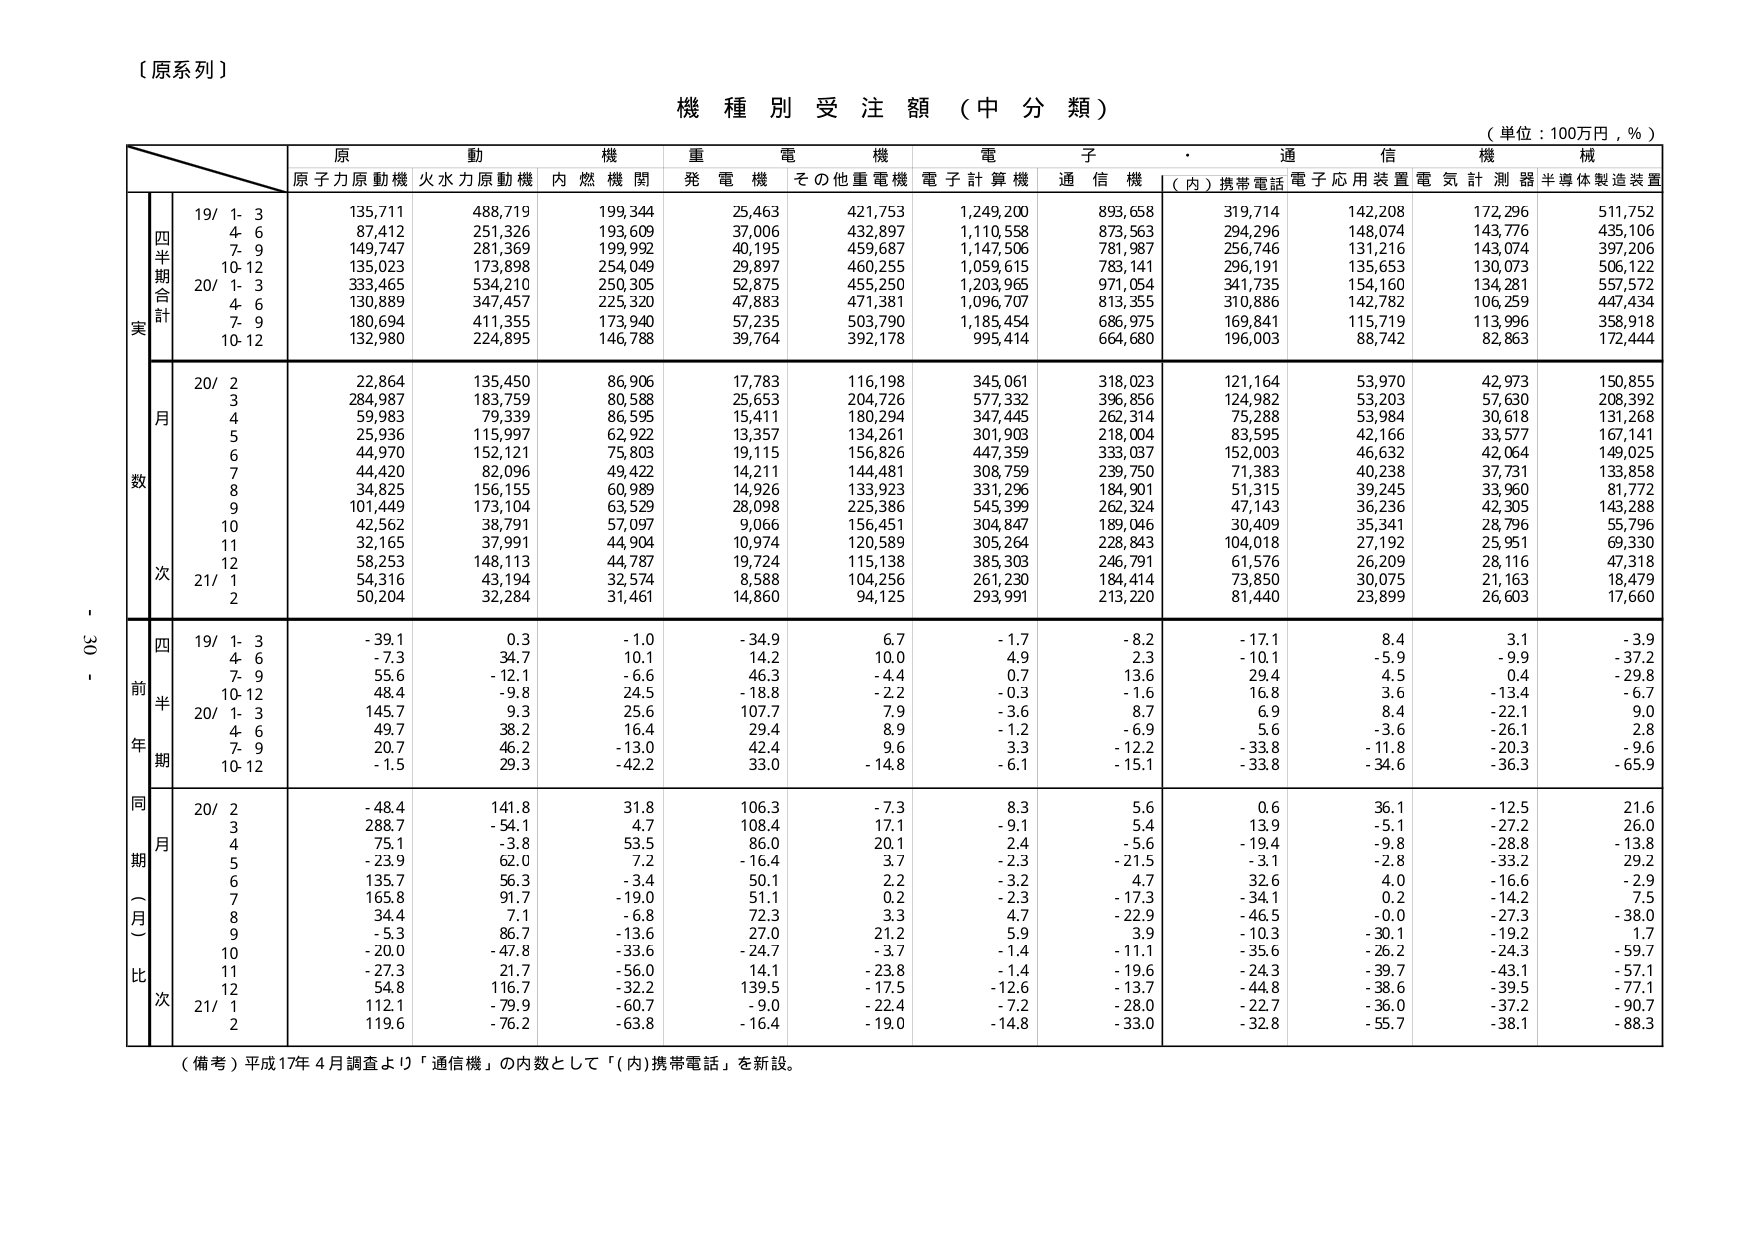
〔原系列〕

機種別受注額（中分類）

（単位：100万円，％）

原動機　重電機　電子・通信機械
原子力原動機　火水力原動機　内燃機関　発電機　その他重電機　電子計算機　通信機　（内）携帯電話　電子応用装置　電気計測器　半導体製造装置

四半期合計
実
19/ 1-3　135,711　488,719　199,344　25,463　421,753　1,249,200　893,658　319,714　142,208　172,296　511,752
　　4-6　87,412　251,326　193,609　37,006　432,897　1,110,558　873,563　294,296　148,074　143,776　435,106
　　7-9　149,747　281,369　199,992　40,195　459,687　1,147,506　781,987　256,746　131,216　143,074　397,206
　　10-12　135,023　173,898　254,049　29,897　460,255　1,059,615　783,141　296,191　135,653　130,073　506,122
20/ 1-3　333,465　534,210　250,305　52,875　455,250　1,203,965　971,054　341,735　154,160　134,281　557,572
　　4-6　130,889　347,457　225,320　47,883　471,381　1,096,707　813,355　310,886　142,782　106,259　447,434
　　7-9　180,694　411,355　173,940　57,235　503,790　1,185,454　686,975　169,841　115,719　113,996　358,918
　　10-12　132,980　224,895　146,788　39,764　392,178　995,414　664,680　196,003　88,742　82,863　172,444

月数
20/ 2　22,864　135,450　86,906　17,783　116,198　345,061　318,023　121,164　53,970　42,973　150,855
　　3　284,987　183,759　80,588　25,653　204,726　577,332　396,856　124,982　53,203　57,630　208,392
　　4　59,983　79,339　86,595　15,411　180,294　347,445　262,314　75,288　53,984　30,618　131,268
　　5　25,936　115,997　62,922　13,357　134,261　301,903　218,004　83,595　42,166　33,577　167,141
　　6　44,970　152,121　75,803　19,115　156,826　447,359　333,037　152,003　46,632　42,064　149,025
　　7　44,420　82,096　49,422　14,211　144,481　308,759　239,750　71,383　40,238　37,731　133,858
　　8　34,825　156,155　60,989　14,926　133,923　331,296　184,901　51,315　39,245　33,960　81,772
　　9　101,449　173,104　63,529　28,098　225,386　545,399　262,324　47,143　36,236　42,305　143,288
　　10　42,562　38,791　57,097　9,066　156,451　304,847　189,046　30,409　35,341　28,796　55,796
　　11　32,165　37,991　44,904　10,974　120,589　305,264　228,843　104,018　27,192　25,951　69,330
　　12　58,253　148,113　44,787　19,724　115,138　385,303　246,791　61,576　26,209　28,116　47,318
21/ 1　54,316　43,194　32,574　8,588　104,256　261,230　184,414　73,850　30,075　21,163　18,479
　　2　50,204　32,284　31,461　14,860　94,125　293,991　213,220　81,440　23,899　26,603　17,660

四半期
前年
19/ 1-3　-39.1　0.3　-1.0　-34.9　6.7　-1.7　-8.2　-17.1　8.4　3.1　-3.9
　　4-6　-7.3　34.7　10.1　14.2　10.0　4.9　2.3　-10.1　-5.9　-9.9　-37.2
　　7-9　55.6　-12.1　-6.6　46.3　-4.4　0.7　13.6　29.4　4.5　0.4　-29.8
　　10-12　48.4　-9.8　24.5　-18.8　-2.2　-0.3　-1.6　16.8　3.6　-13.4　-6.7
20/ 1-3　145.7　9.3　25.6　107.7　7.9　-3.6　8.7　6.9　8.4　-22.1　9.0
　　4-6　49.7　38.2　16.4　29.4　8.9　-1.2　-6.9　5.6　-3.6　-26.1　2.8
　　7-9　20.7　46.2　-13.0　42.4　9.6　3.3　-12.2　-33.8　-11.8　-20.3　-9.6
　　10-12　-1.5　29.3　-42.2　33.0　-14.8　-6.1　-15.1　-33.8　-34.6　-36.3　-65.9

同期（月）比
20/ 2　-48.4　141.8　31.8　106.3　-7.3　8.3　5.6　0.6　36.1　-12.5　21.6
　　3　288.7　-54.1　4.7　108.4　17.1　-9.1　5.4　13.9　-5.1　-27.2　26.0
　　4　75.1　-3.8　53.5　86.0　20.1　-2.4　-5.6　-19.4　-9.8　-28.8　-13.8
　　5　-23.9　62.0　7.2　-16.4　3.7　-2.3　-21.5　-3.1　-2.8　-33.2　29.2
　　6　135.7　56.3　-3.4　50.1　2.2　-3.2　4.7　32.6　4.0　-16.6　-2.9
　　7　165.8　91.7　-19.0　51.1　0.2　-2.3　-17.3　-34.1　0.2　-14.2　7.5
　　8　34.4　7.1　-6.8　72.3　3.3　4.7　-22.9　-46.5　-0.0　-27.3　-38.0
　　9　-5.3　86.7　-13.6　27.0　21.2　5.9　3.9　-10.3　-30.1　-19.2　1.7
　　10　-20.0　-47.8　-33.6　-24.7　-3.7　-1.4　-11.1　-35.6　-26.2　-24.3　-59.7
　　11　-27.3　21.7　-56.0　14.1　-23.8　-1.4　-19.6　-24.3　-39.7　-43.1　-57.1
　　12　54.8　116.7　-32.2　139.5　-17.5　-12.6　-13.7　-44.8　-38.6　-39.5　-77.1
21/ 1　112.1　-79.9　-60.7　-9.0　-22.4　-7.2　-28.0　-22.7　-36.0　-37.2　-90.7
　　2　119.6　-76.2　-63.8　-16.4　-19.0　-14.8　-33.0　-32.8　-55.7　-38.1　-88.3

（備考）平成17年4月調査より「通信機」の内数として「（内）携帯電話」を新設。